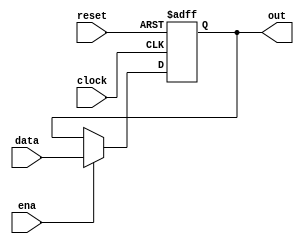
module reg_ena (clock, reset, ena, data, out);

parameter WIDTH = 32;

input  clock, reset, ena;
input  [WIDTH-1:0] data;

output [WIDTH-1:0] out;
reg    [WIDTH-1:0] out;


always @(posedge clock or posedge reset)
    if(reset)
     out = {WIDTH{1'b0}} ;  //   0,    WIDTH 
    else if(ena)
     out = data;

endmodule